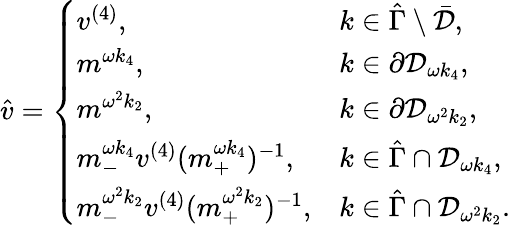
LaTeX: \begin{array}{r}{\hat{v}=\left\{ \begin{array}{ll}{v^{(4)},}&{k\in\hat{\Gamma}\setminus\bar{\mathcal{D}},}\\ {m^{\omega k_{4}},}&{k\in\partial\mathcal{D}_{\omega k_{4}},}\\ {m^{\omega^{2}k_{2}},}&{k\in\partial\mathcal{D}_{\omega^{2}k_{2}},}\\ {m_{-}^{\omega k_{4}}v^{(4)}(m_{+}^{\omega k_{4}})^{-1},}&{k\in\hat{\Gamma}\cap\mathcal{D}_{\omega k_{4}},}\\ {m_{-}^{\omega^{2}k_{2}}v^{(4)}(m_{+}^{\omega^{2}k_{2}})^{-1},}&{k\in\hat{\Gamma}\cap\mathcal{D}_{\omega^{2}k_{2}}.}\end{array}\right.}\end{array}